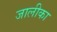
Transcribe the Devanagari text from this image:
जालीका